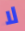
لا